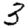
Digit: 3